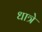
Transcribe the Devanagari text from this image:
धात्रे